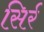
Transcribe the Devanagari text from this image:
सिर्र